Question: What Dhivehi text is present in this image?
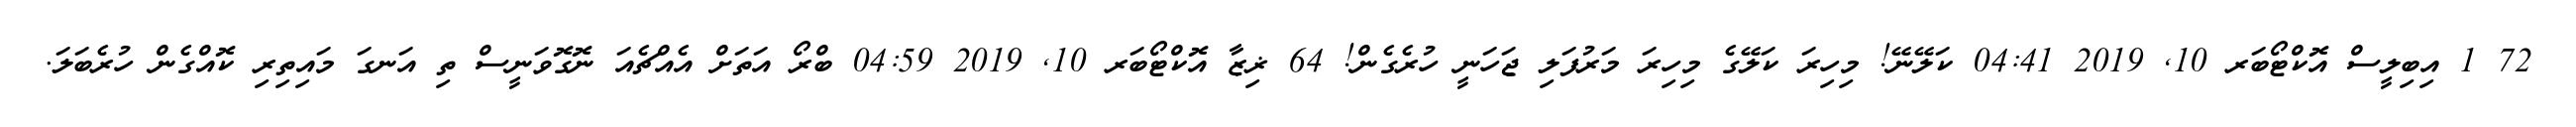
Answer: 72 1 އިބިލީސް އޮކްޓޯބަރ 10, 2019 04:41 ކަލޭނޭ! މިހިރަ ކަލޭގެ މިހިރަ މަރުފަލި ޖަހަނީ ހުރެގެން! 64 ޜިޒާ އޮކްޓޯބަރ 10, 2019 04:59 ބްރޯ އަތަށް އެއްޗެއަ ނޮގޮވަނީސް ތި އަނގަ މައިތިރި ކޮއްގެން ހުރެބަލަ.